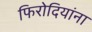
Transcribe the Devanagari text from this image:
फिरोदियांना